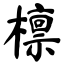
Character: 檩